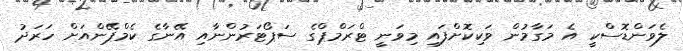
ލެވަންޑޮސްކީ އެ މަގާމުން ވަކިކޮށްފައި މިވަނީ ޓްރަމްޕްގެ ސަޕޯޓަރުންނާއި އޭނާގެ ކެމްޕޭންއަށް ހަރަދު